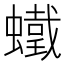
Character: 𧒵